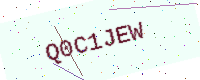
Text: Q0C1JEW